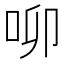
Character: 𠰭